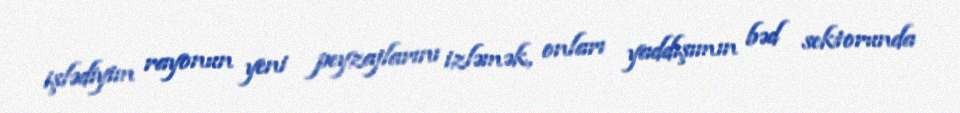
işlədiyim rayonun yeni peyzajlarını izləmək, onları yaddışımın bəd sektorunda